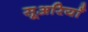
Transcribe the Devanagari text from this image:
सूअरियाँ